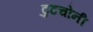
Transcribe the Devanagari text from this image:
टुटचोनी